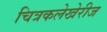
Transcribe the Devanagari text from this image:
चित्रकलेखेरीज